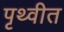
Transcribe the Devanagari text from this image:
पृथ्वीत